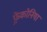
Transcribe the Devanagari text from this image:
फ़्रेंकोनिया